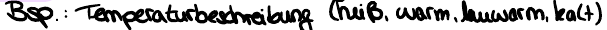
Bsp.: Temperaturbeschreibung (heiß, warm, lauwarm, kalt),,,